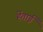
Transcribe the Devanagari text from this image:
हेंताई